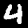
Digit: 4